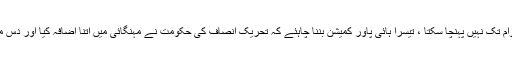
یہ کیسا وزیر اعظم ہے جو اپنی تقریر بھی صحیح طرح عوام تک نہیں پہنچا سکتا ، تیسرا ہائی پاور کمیشن بننا چاہئے کہ تحریک انصاف کی حکومت نے مہنگائی میں اتنا اضافہ کیا اور دس ماہ میں نو ارب ڈالر کا قرضہ لیا ، اس کی انکوائری کرے ۔